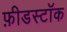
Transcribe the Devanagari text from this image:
फ़ीडस्टॉक